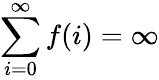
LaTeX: \sum_{i=0}^{\infty}f(i)=\infty